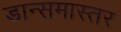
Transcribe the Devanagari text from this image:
डान्समास्तर